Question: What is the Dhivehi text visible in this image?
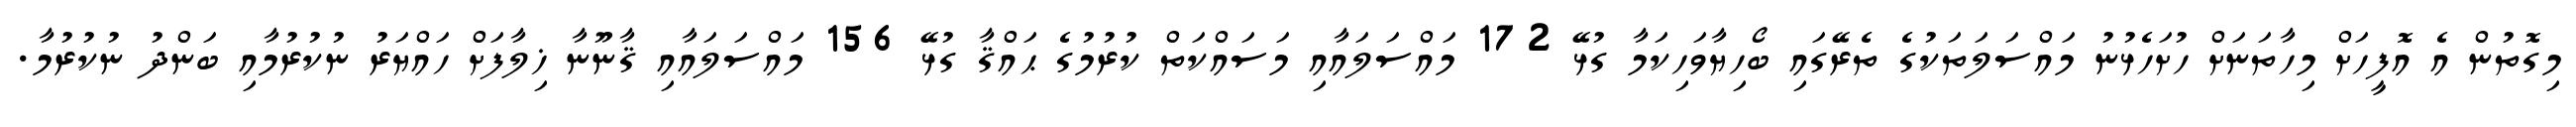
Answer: މިގޮތުން އެ އޮފީހަށް މިހާތަނަށް ހުށަހެޅުނު މައްސަލަތަކުގެ ތެރޭގައި ބޯހިޔާވަހިކަމާ ގުޅޭ 172 މައްސަލައާއި މަސައްކަތް ކުރުމުގެ ޙައްޤާ ގުޅޭ 156 މައްސަލައާއި ޤާނޫނާ ޚިލާފަށް ހައްޔަރު ނުކުރުމާއި ބަންދު ނުކުރުމާ.